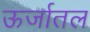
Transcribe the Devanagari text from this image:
ऊर्जातल